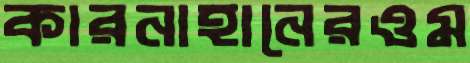
কারনাহানেরওম